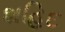
શહિદ